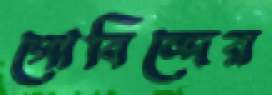
গোবিন্দের